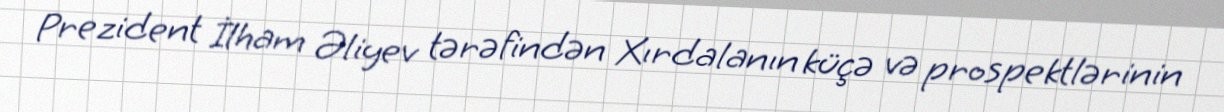
Prezident İlham Əliyev tərəfindən Xırdalanın küçə və prospektlərinin